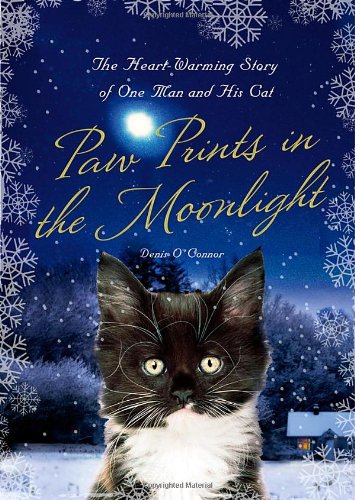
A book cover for Paw Prints in the Moonlight: The Heartwarming True Story of One Man and his Cat; Denis O'Connor; Crafts, Hobbies & Home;